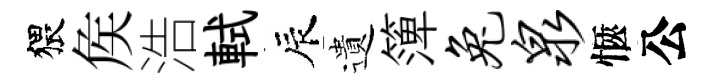
猥矦浩軾辰遺𥱼兔泉愜公